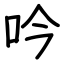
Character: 吟